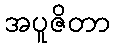
အပူဇိတာ